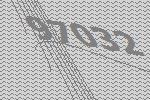
97032